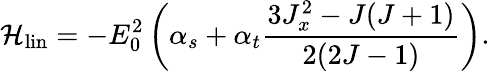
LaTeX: \mathcal{H_{\mathrm{{lin}}}}=-E_{0}^{2}\left(\alpha_{s}+\alpha_{t}\frac{3J_{x}^{2}-J(J+1)}{2(2J-1)}\right).